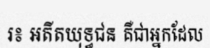
រ៖ អតីតយុទ្ធជន គឺជាអ្នកដែល